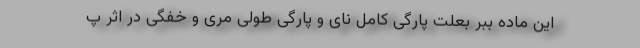
این ماده ببر بعلت پارگی کامل نای و پارگی طولی مری و خفگی در اثر پ